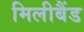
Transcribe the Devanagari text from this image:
मिलीबैंड